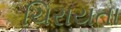
ચિરાયતા